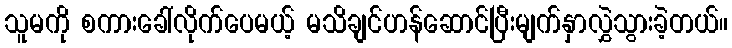
သူမကို စကားခေါ်လိုက်ပေမယ့် မသိချင်ဟန်ဆောင်ပြီးမျက်နှာလွှဲသွားခဲ့တယ်။